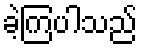
ခဲ့ကြပါသည်